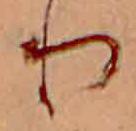
り